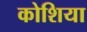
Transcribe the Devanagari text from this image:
कोशिया